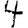
Digit: 4